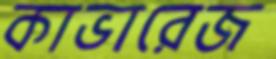
কাভারেজ